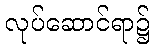
လုပ်ဆောင်ရာ၌